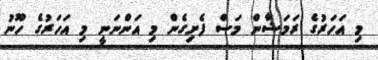
މި އަހަރުގެ ރަމަޟާން މަސް ފެށިގެން މި އަންނަނީ މި އަހަރުގެ ހޫނު